Vaccination in Burma 1912-1922 - 1912-1922
Year: 1912
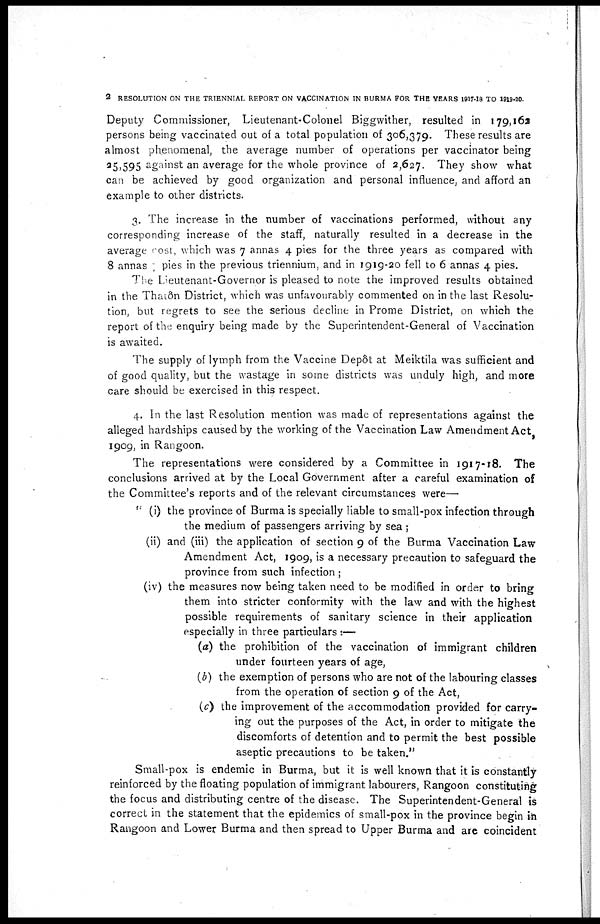
2 RESOLUTION ON THE TRIENNIAL REPORT ON VACCINATION IN BURMA FOR THE YEARS 1917-18 TO 1919-20.
Deputy Commissioner, Lieutenant-Colonel Biggwither, resulted in 179,162
persons being vaccinated out of a total population of 306,379. These results are
almost phenomenal, the average number of operations per vaccinator being
25,595 against an average for the whole province of 2,627. They show what
can be achieved by good organization and personal influence, and afford an
example to other districts.
3. The increase in the number of vaccinations performed, without any
corresponding increase of the staff, naturally resulted in a decrease in the
average cost, which was 7 annas 4 pies for the three years as compared with
8 annas 7 pies in the previous triennium, and in 1919-20 fell to 6 annas 4 pies.
The Lieutenant-Governor is pleased to note the improved results obtained
in the Thatôn District, which was unfavourably commented on in the last Resolu-
tion, but regrets to see the serious decline in Prome District, on which the
report of the enquiry being made by the Superintendent-General of Vaccination
is awaited.
The supply of lymph from the Vaccine Depôt at Meiktila was sufficient and
of good quality, but the wastage in some districts was unduly high, and more
care should be exercised in this respect.
4. In the last Resolution mention was made of representations against the
alleged hardships caused by the working of the Vaccination Law Amendment Act,
1909, in Rangoon.
The representations were considered by a Committee in 1917-18. The
conclusions arrived at by the Local Government after a careful examination of
the Committee's reports and of the relevant circumstances were—
" (i) the province of Burma is specially liable to small-pox infection through
the medium of passengers arriving by sea ;
(ii) and (iii) the application of section 9 of the Burma Vaccination Law
Amendment Act, 1909, is a necessary precaution to safeguard the
province from such infection ;
(iv) the measures now being taken need to be modified in order to bring
them into stricter conformity with the law and with the highest
possible requirements of sanitary science in their application
especially in three particulars :—
(a) the prohibition of the vaccination of immigrant children
under fourteen years of age,
(b) the exemption of persons who are not of the labouring classes
from the operation of section 9 of the Act,
(c) the improvement of the accommodation provided for carry-
ing out the purposes of the Act, in order to mitigate the
discomforts of detention and to permit the best possible
aseptic precautions to be taken."
Small-pox is endemic in Burma, but it is well known that it is constantly
reinforced by the floating population of immigrant labourers, Rangoon constituting
the focus and distributing centre of the disease. The Superintendent-General is
correct in the statement that the epidemics of small-pox in the province begin in
Rangoon and Lower Burma and then spread to Upper Burma and are coincident